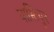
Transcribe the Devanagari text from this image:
पास्टियुर